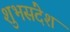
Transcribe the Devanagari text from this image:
शुभसंदेश